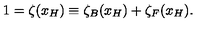
1 = \zeta ( x _ { H } ) \equiv \zeta _ { B } ( x _ { H } ) + \zeta _ { F } ( x _ { H } ) .